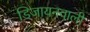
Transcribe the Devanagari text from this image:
डिजायनवाली